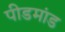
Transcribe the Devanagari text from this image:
पीडमांड